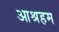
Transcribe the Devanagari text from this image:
आश्रहम